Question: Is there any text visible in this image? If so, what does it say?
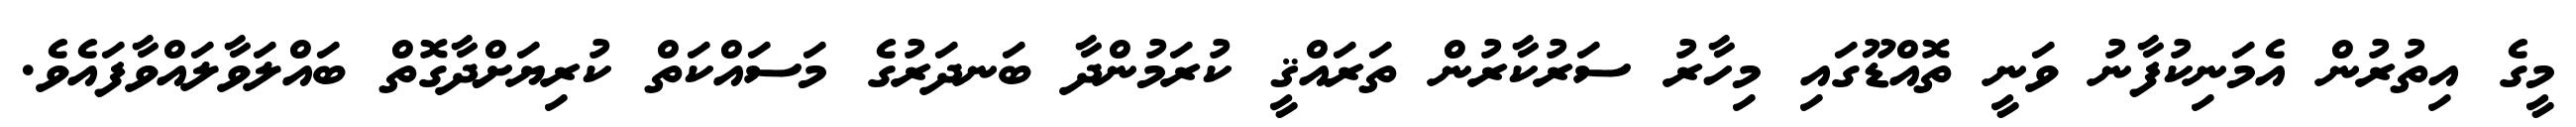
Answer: މީގެ އިތުރުން އެމަނިކުފާނު ވަނީ ތޮއްޑޫގައި މިހާރު ސަރުކާރުން ތަރައްޤީ ކުރަމުންދާ ބަނދަރުގެ މަސައްކަތް ކުރިޔަށްދާގޮތް ބައްލަވާލައްވާފައެވެ.